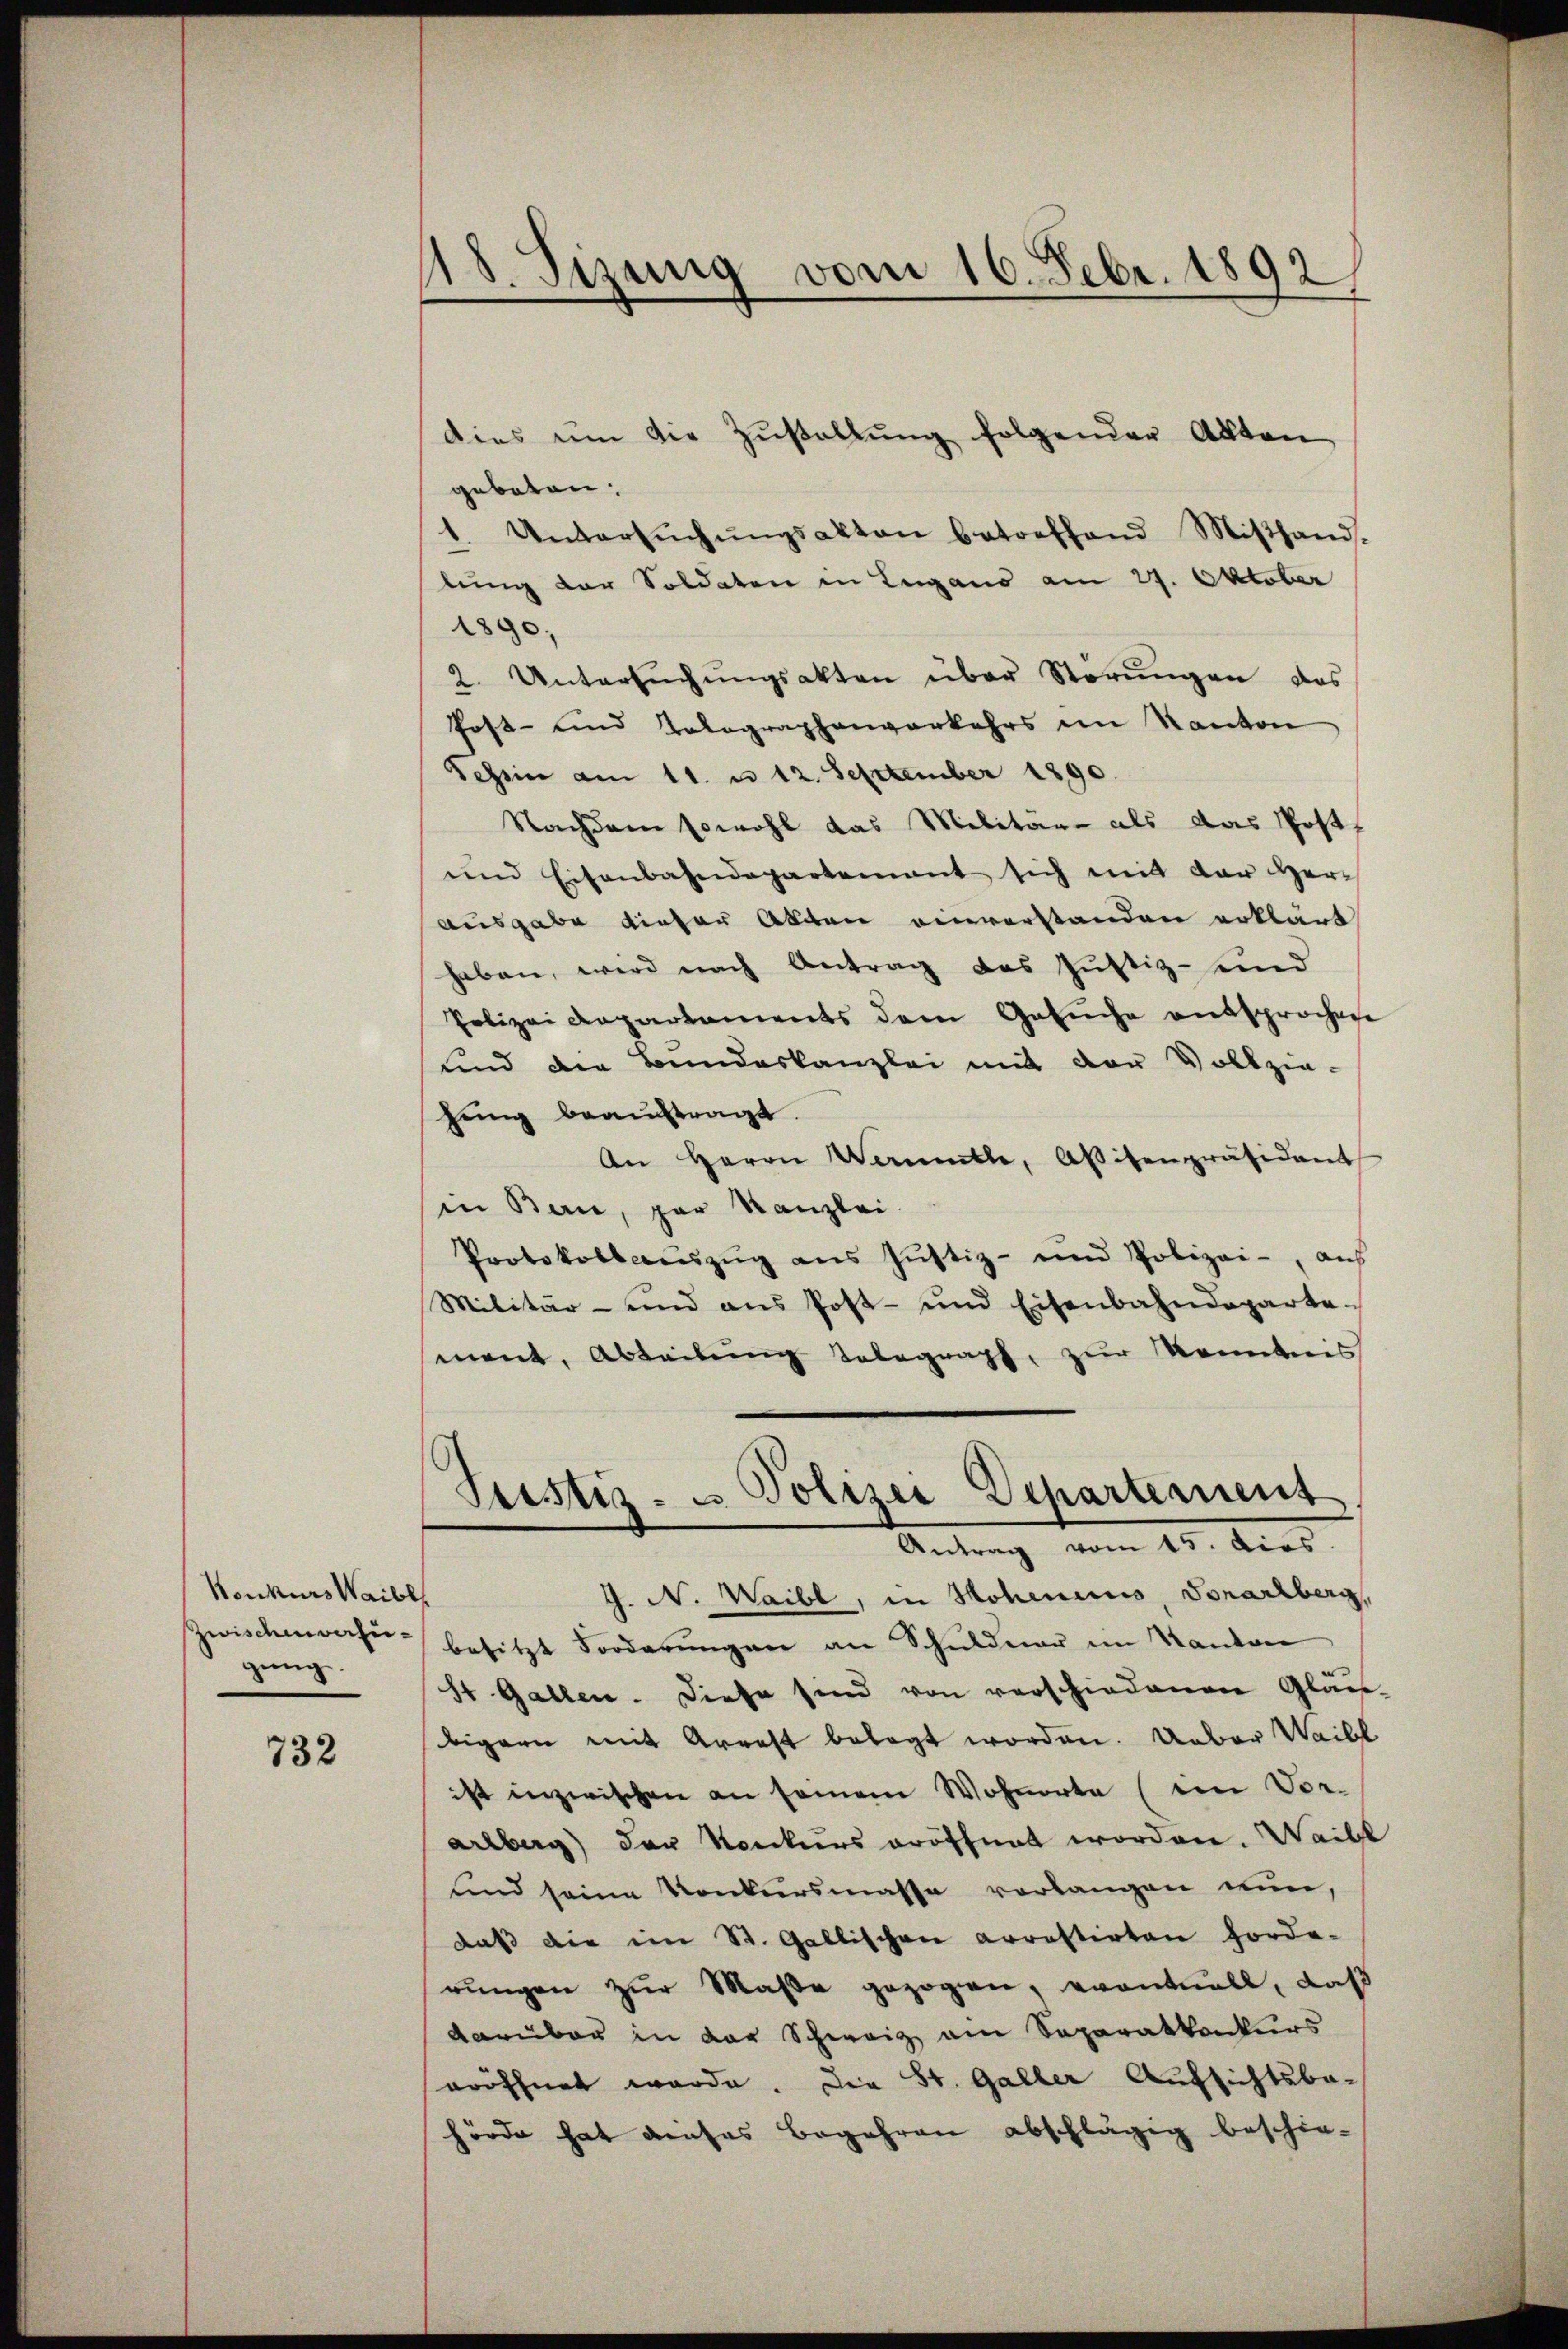
Konkurs Waibel
Zwischen verfügung.

732

18. Sizung vom 16. Febr. 1892

dies um die Zŭstallŭng folgender Akten
geboten:
1. Untersŭchŭngsakten betreffend Miβhand-
lung der Soldaten in Lugano am 27. Oktober
1890;
2. Untersŭchŭngsakten über Störŭngen das
Post- und Talographenverkehrs im Kanton
Tessin am 11. u 12. September 1890.
Nachdem sowohl das Militär- als das Post
und Eisenbahndepartement sich mit der Her¬
Ausgabe dieser Akten einverstanden erklärt
haben, wird nach Antrag das Justiz- und
Polizei Departaments dem Gesŭche entsprochen
und der Bundeskanzlei mit der Vollzie-
hung beauftragt.
An Herrn Wandle, Abitenpräsident
in Bau, par Kanzlei
Protokoll aŭszŭg aŭs Jŭstiz- und Polizei-, aŭs
Militär- und ans Post- und Eisenbahndeparte-
ment, Abteilung telegraph, zur Kenntnis
Justiz- & Polizei Departement
Antrag vom 15. dies
G. N. Waibl, in Hohenius, Vorarlberg,
besitzt Forderungen an Schuldner im Kanton
St Gallen. Diese sind von verschiedenen Glan-
bigern mit Arrest belegt worden. Ueber Waibl
ist inzwischen an seinem Wohnorte (in Vor-
arlberg) der Konkurs eröffnet worden. Waibl
und seine Konkursmasse vorlangen nun,
daß die im St. Gallischen Arrestirten Forde-
rungen zur Maße gezogen, eventuell, daß
darüber in der Schweiz am Separatkonkurs
eröffnet werde. Die St. Galler Aufsichtsbahörde hat dieses Begehren abschlägig beschie-